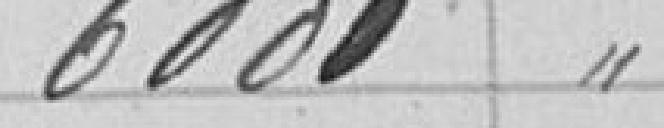
6000 "